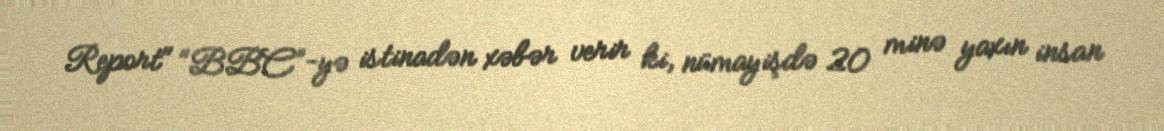
Report" “BBC”-yə istinadən xəbər verir ki, nümayişdə 20 minə yaxın insan